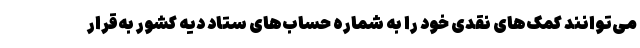
می‌توانند کمک‌های نقدی خود را به شماره حساب‌های ستاد دیه کشور به‌قرار